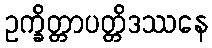
ဥက္ခိတ္တာပတ္တိဒဿနေ